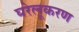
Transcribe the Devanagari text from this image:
घरेलूकरण